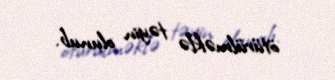
ötürülməklə təyin olunub.